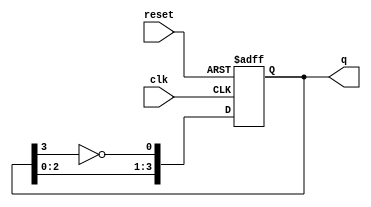
module johnson_counter #(
    parameter N = 4  // Number of flip-flops
)(
    input wire clk,          // Clock input
    input wire reset,        // Asynchronous reset
    output reg [N-1:0] q     // Counter output
);

// Johnson Counter Implementation
always @(posedge clk or posedge reset) begin
    if (reset) begin
        q <= 0;  // Initialize the counter to 0
    end else begin
        // Shift the output and feed back the inverted last flip-flop output
        q <= {q[N-2:0], ~q[N-1]};
    end
end

endmodule